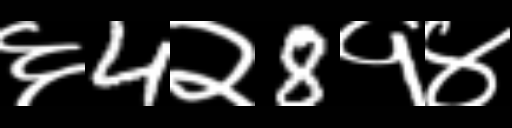
Text: ६4२8१४